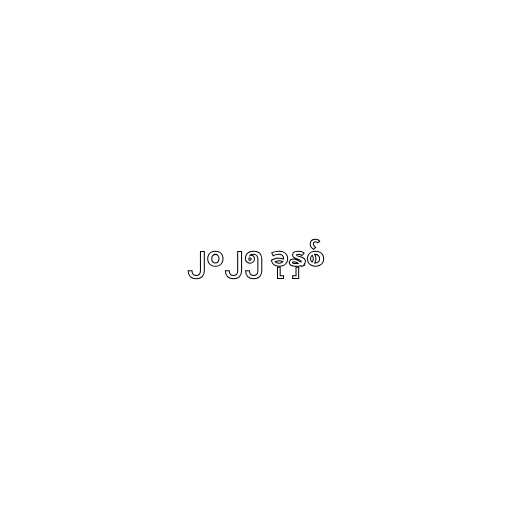
၂၀၂၅ ခုနှစ်